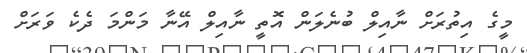
މީގެ އިތުރަށް ނާއިލް ބުނެލަން އޮތީ ނާއިލް އޭނާ މަންމަ ދެކެ ވަރަށް